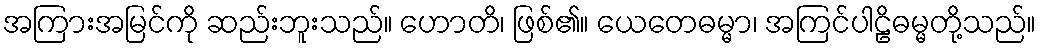
အကြားအမြင်ကို ဆည်းဘူးသည်။ ဟောတိ၊ ဖြစ်၏။ ယေတေဓမ္မာ၊ အကြင်ပါဠိဓမ္မတို့သည်။